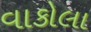
વાકોલા